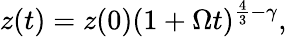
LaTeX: z(t)=z(0)(1+\Omega t)^{\frac{4}{3}-\gamma},